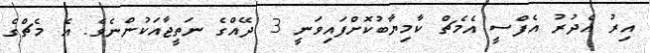
އިރު އެދުރު އެފްސީ އެމެޗް ކާމިޔާބުކޮށްފައިވަނީ 3 ދޭއްގެ ނަތީޖާއަކުންނެވެ. އެ މެޗްގެ